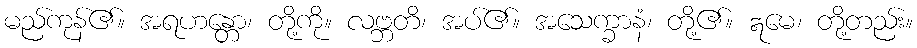
မည်ကုန်၏။ အရဟန္တော၊ တို့ကို။ လဗ္ဘတိ၊ အပ်၏။ အသေက္ခာနံ၊ တို့၏။ ဣမေ၊ တို့တည်း။